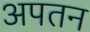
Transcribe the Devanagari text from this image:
अपतन